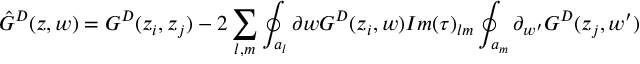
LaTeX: \hat { G } ^ { D } ( z , w ) = G ^ { D } ( z _ { i } , z _ { j } ) - 2 \sum _ { l , m } \oint _ { a _ { l } } \partial { w } G ^ { D } ( z _ { i } , w ) I m ( \tau ) _ { l m } \oint _ { a _ { m } } \partial _ { w ^ { \prime } } G ^ { D } ( z _ { j } , w ^ { \prime } )